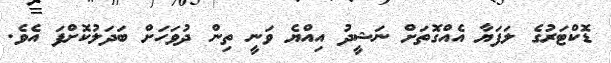
ޑޮކްޓަރުގެ ލަފަޔާ އެއްގޮތަށް ނަޝީދުު އިއްޔެ ވަނީ ތިން ދުވަހަށް ބަދަލުކޮށްފަ އެވެ.